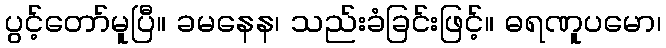
ပွင့်တော်မူပြီ။ ခမနေန၊ သည်းခံခြင်းဖြင့်။ ဓရဏူပမော၊